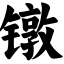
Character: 镦